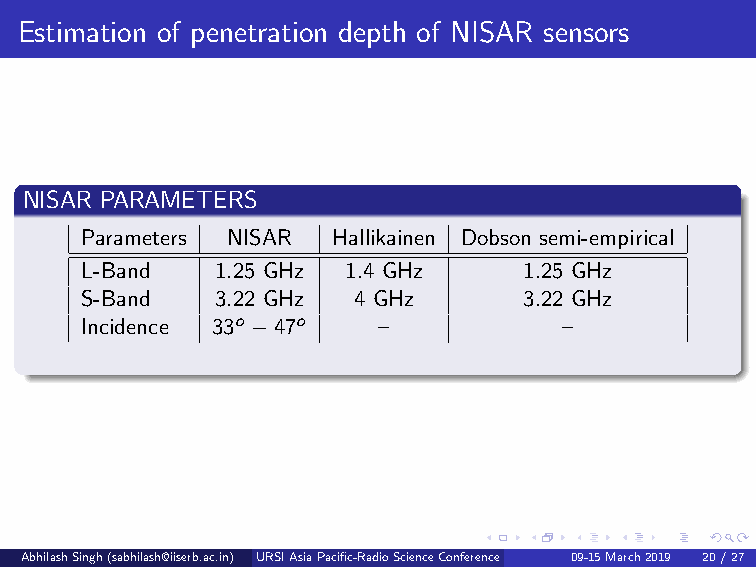
Estimation of penetration depth of NISAR sensors
 NISAR PARAMETERS
 Parameters NISAR Hallikainen Dobson semi-empirical
 L-Band   1.25 GHz 1.4 GHz     1.25 GHz
 S-Band   3.22 GHz 4 GHz       3.22 GHz
 Incidence 33o −47o  –           –
 AbhilashSingh(sabhilash@iiserb.ac.in) URSIAsiaPacific-RadioScienceConference 09-15March2019 (De2p0ar/tm2e7ntofEarthandEnvironmentalSciencesIndianInstituteofScienceEducationandResearch,Bhopal,IndianInstituteofRemoteSensing,ISRO,Dehradun Presentedby:AbhilashSingh,DST-INSPIREFellow)